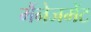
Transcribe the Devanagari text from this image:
मैंनेजमेंट